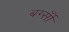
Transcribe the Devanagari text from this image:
बर्ग्साँ